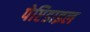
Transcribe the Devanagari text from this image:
पेप्टिडाइल